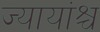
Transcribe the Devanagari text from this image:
ज्यायांश्च